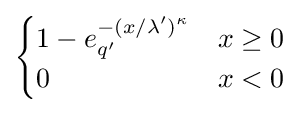
{\begin{cases}1-e_{q'}^{-(x/\lambda ')^{\kappa }}&x\geq 0\\0&x<0\end{cases}}